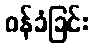
ဝန်ခံခြင်း